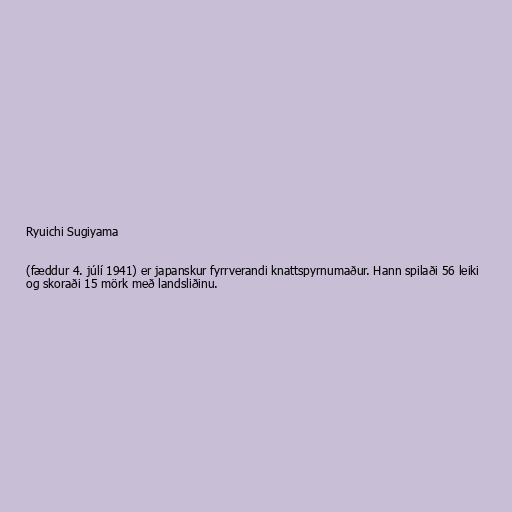
Ryuichi Sugiyama

(fæddur 4. júlí 1941) er japanskur fyrrverandi knattspyrnumaður. Hann spilaði 56 leiki
og skoraði 15 mörk með landsliðinu.